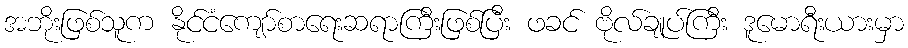
အဘိုးဖြစ်သူက နိုင်ငံကျော်စာရေးဆရာကြီးဖြစ်ပြီး ဖခင် ဗိုလ်ချုပ်ကြီး ဒူမောရီးယားမှာ